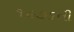
૧૯૭૬ની